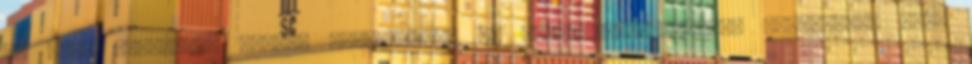
az első közösségi szintű szabályozás az információbiztonság területén, mely